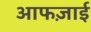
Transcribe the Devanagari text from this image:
आफज़ाई